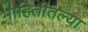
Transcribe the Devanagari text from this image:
माहितीतल्या